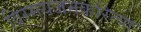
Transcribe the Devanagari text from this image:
विस्मयजनकरित्या